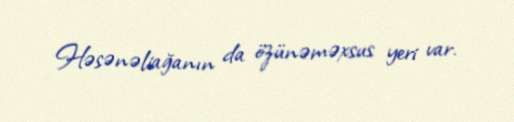
Həsənəliağanın da özünəməxsus yeri var.